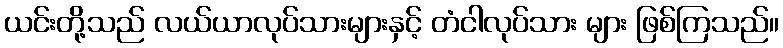
ယင်းတို့သည် လယ်ယာလုပ်သားများနှင့် တံငါလုပ်သား များ ဖြစ်ကြသည်။